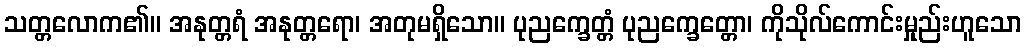
သတ္တလောက၏။ အနုတ္တရံ အနုတ္တရော၊ အတုမရှိသော။ ပုညက္ခေတ္တံ ပုညက္ခေတ္တော၊ ကိုသိုလ်ကောင်းမှုည်းဟူသော